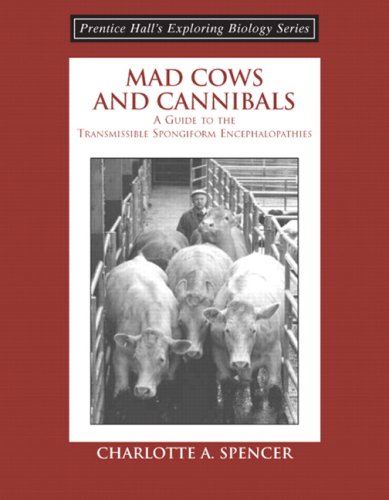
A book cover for Mad Cows and Cannibals, A Guide to the Transmissible Spongiform Encephalopathies (Booklet); Charlotte A. Spencer; Health, Fitness & Dieting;